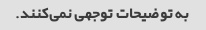
به توضیحات توجهی نمی‌کنند.